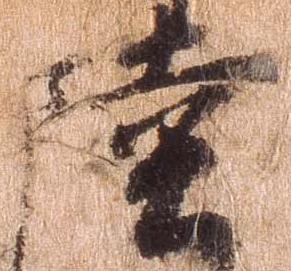
陸